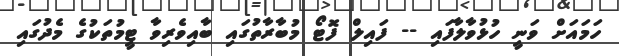
ހަމައަށް ވަނީ ހުޅުވާލާފައި -- ފައިލް ފޮޓޯ މުބާރާތުގައި ބާއިވެރިވާ ޓީމުތަކުގެ މެދުގައި